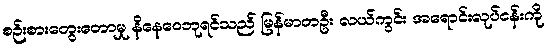
စဉ်းစားတွေးတောမှု နိနေဝေဘုရင်သည် မြန်မာတဦး လယ်ကွင်း အရောင်းလုပ်ငန်းကို